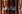
صانعي